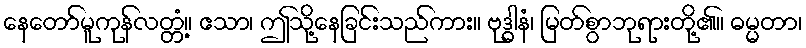
နေတော်မူကုန်လတ္တံ့။ ဧသာ၊ ဤသို့နေခြင်းသည်ကား။ ဗုဒ္ဓါနံ၊ မြတ်စွာဘုရားတို့၏။ ဓမ္မတာ၊